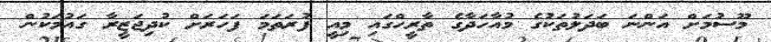
މޫސުމަށް އަންނަ ބަދަލުތަކުގެ މުއާހަދާގެ ތާރީހްގައި މިއީ ފުރަތަމަ ފަހަރަށް ކުދިޖަޒީރާ ގައުމަކުން